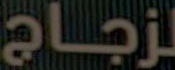
لزجاج